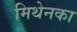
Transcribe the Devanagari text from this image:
मिथेनका